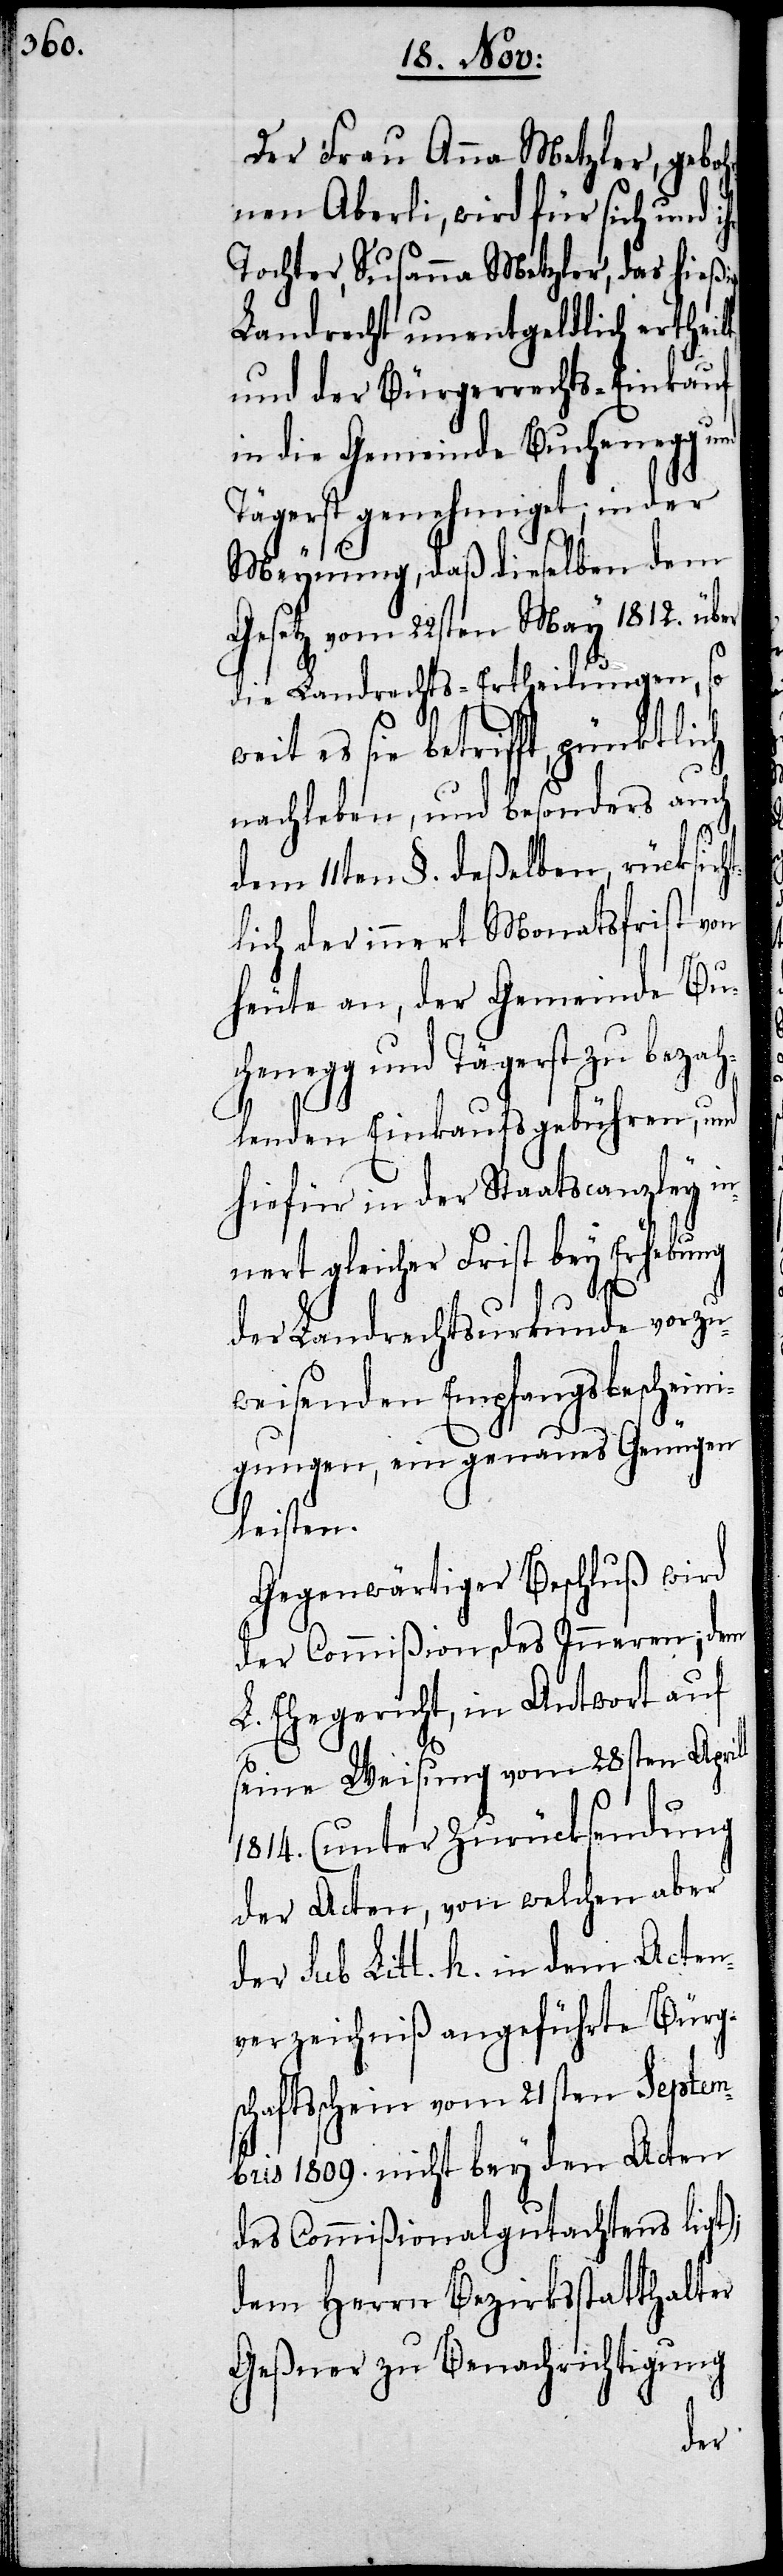
Der Frau Anna Metzler, geboh¬
rnen Aberli, wird für sich und
Tochter, Susanna Metzler, das hießi¬
Landrecht unentgeldlich erthei¬
und der Bürgerrechts-Einkauf
in die Gemeinde Buchenegg
Tägerst genehmiget; in der
Meynung, daß dieselben dem
Gesetz vom 22sten May 1812. über
die Landrechts-Ertheilungen, so
weit es sie betrifft, pünktlich
nachleben, und besonders auch
l
dem 11ten §. deßelben, rücksich¬
lich der innert Monathsfrist von
heute an, der Gemeinde Bu¬
chenegg und Tägerst zu bezah¬
lenden Einkaufsgebühren, und
hiefür in der Staatscanzley i¬
nnert gleicher Frist bey Erhebung
der Landrechtsurkunde vorzu¬
weisenden Empfangsbeschei¬
nigungen, ein genaues Genügen
leisten.
Gegenwärtiger Beschluss wird
der Commißion des Inneren; dem
L. Ehegericht, in Antwort auf
seine Weisung vom 28sten April¬
1814. (unter Zurücksendung
der Acten, von welchen aber
der sub Litt. h. in dem Acten¬
verzeichniß angeführte Bürg¬
schaftsschein vom 21sten Septem¬
bris 1809. nicht bey den Acten
des Commißionalgutachtens ligt);
dem Herrn Bezirksstatthalter
Geßner zu Benachrichtigung